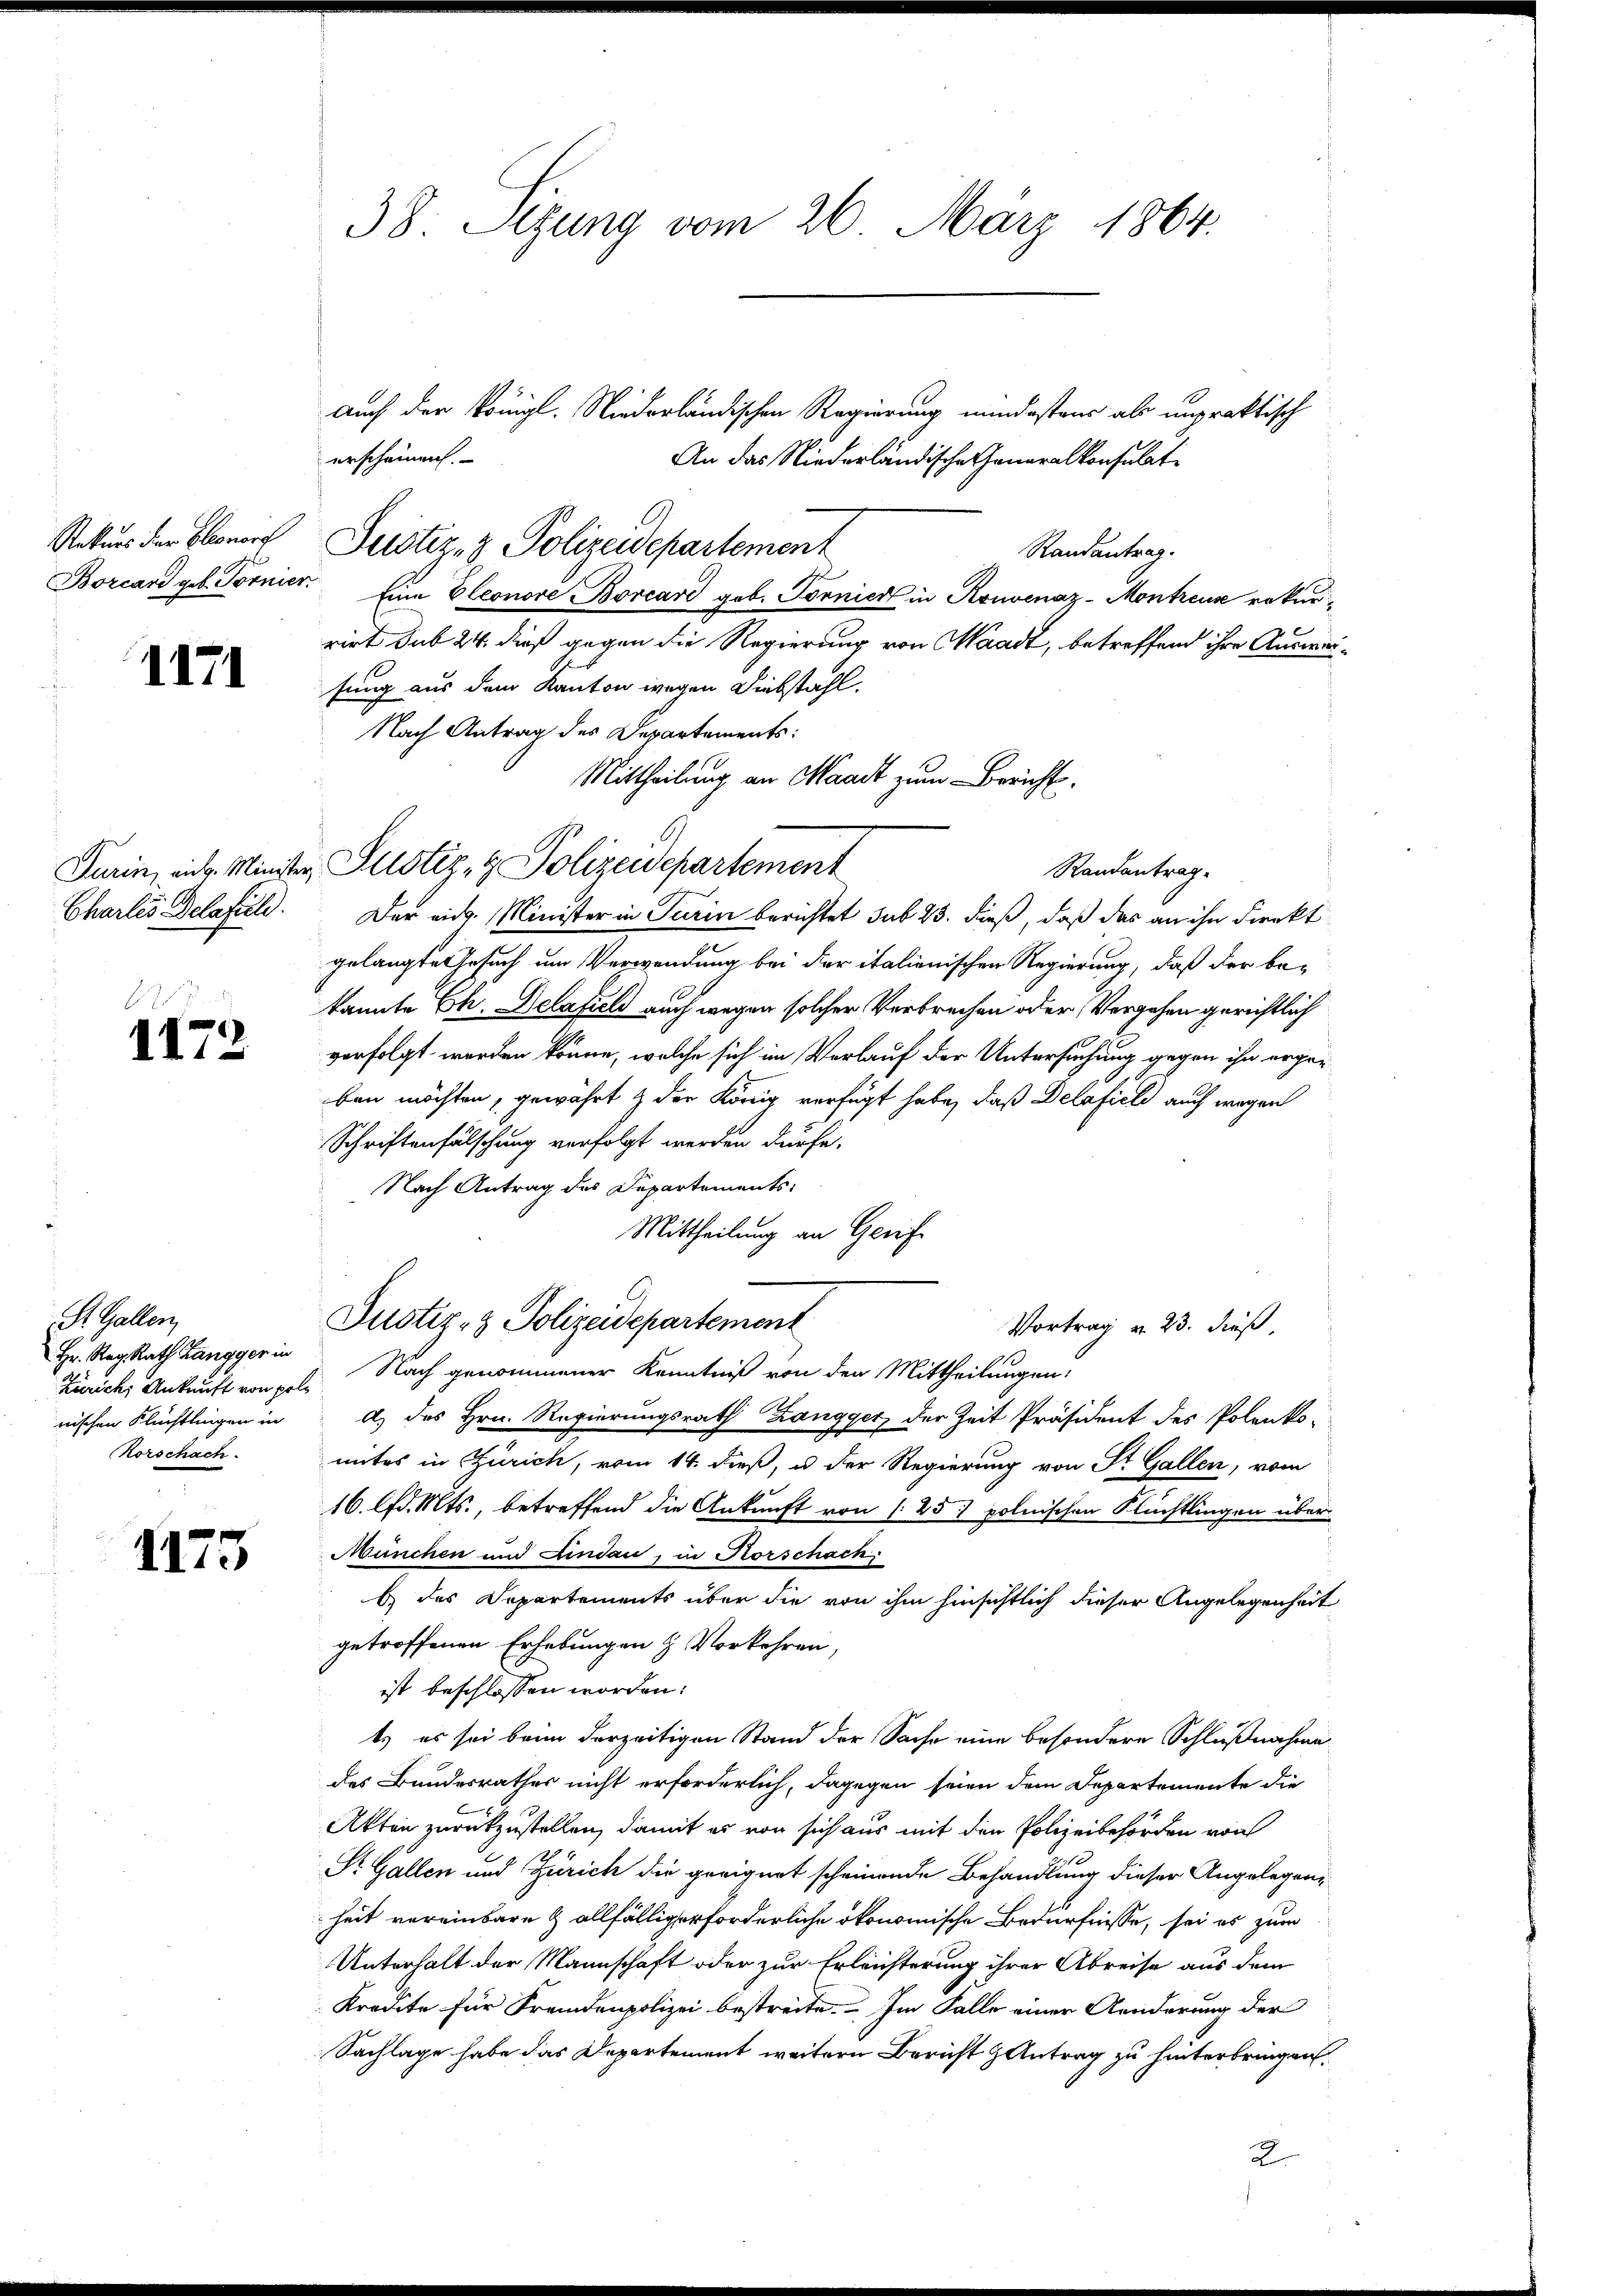
Charlis Delafiel.

B
1172

St. Gallen
Zürich, Ankunft von poli
Rorschach.

1175

38. Sezung vom 26. März 1864.

auch der Königl. Niederländischen Regierung mindestens als unpraktisch
Randantrag.
Borcard geb. Tornier. Eine Eleonore Borcari geb. Tornier in Konvenaz-Montreux rekurrirt sub 24. dieß gegen die Regierung von Waadt, betreffend ihre Auswärsung aus dem Kanton wegen Liebstahl.
Nach Antrag des Departements:
Der eidg. Minister in Turin berichtet sub 23. dieß, daß das an ihn direkt
gelangte Gesuch um Verwendung bei der italienischen Regierung, daß der be-
kannte Ch. Delafiel auch wegen solcher Verbrechen oder Vergehen gerichtlich
vorfolgt worden könne, welche sich im Verlauf der Untersuchung gegen ihn ergänben möchten, gewährt & der König verfügt habe, daß Delafiele auch wegen
Schriftenfälschung verfolgt werden dürfe.
Nach Antrag des Departements:
Mittheilung an Genf
Justiz- & Polizeidepartement
Vortrag v. 23. dieß,
Hr. RegRath Langger in Nach genommener Kenntniß von den Mittheilungen:
nischen Flüchtlingen in A. des Hrn. Regierungsrath Zangger, der Zeit Präsident des Polenko-
mites in Zürich, vom 14. dieß, u der Regierung von St. Gallen, vom
16. lfd. Mts., betreffend die Ankunft von 25 polnischen Flüchtlingen über
München und Lindau, in Horschach
E des Departements über die von ihm hinsichtlich dieser Angelegenheit
getroffenen Erhebungen & Vorkehren,
ist beschlossen worden:
t es sei beim derzeitigen Stand der Sache eine besondere Schlußnahme
des Bundesrathes nicht erforderlich, dagegen seien dem Departemente die
Akten zurückzustellen, damit es von sich aus mit den Polizeibehörden von
St. Gallen und Zürich die geeignet scheinende Behandlung dieser Angelegen-
heit vereinbare & allfällig erforderliche ökonomische Bedürfnisse, sei es zum
Unterhalt der Mannschaft oder zur Erleichterung ihrer Abreise aus dem
Kredite für Fremdenpolizei bestreite. Im Falle einer Aenderung der
Sachlage habe das Departement weitern Bericht & Antrag zu hinterbringen.
2

erscheinen.
Rekurs der Ebner Justiz- & Polizeidepartement

An das Niederländische Generalkonsulat

Mittheilung an Maart zum Bericht.
Turin, eidg. Minister Justiz- & Polizeidepartement
Randantrag.